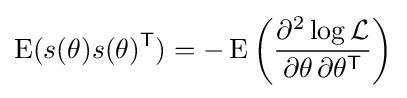
\operatorname {E} (s(\theta )s(\theta )^{\mathsf {T}})=-\operatorname {E} \left({\frac {\partial ^{2}\log {\mathcal {L}}}{\partial \theta \,\partial \theta ^{\mathsf {T}}}}\right)